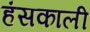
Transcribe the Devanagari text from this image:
हंसकाली